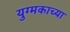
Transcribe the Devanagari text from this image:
युग्मकाच्या